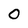
Character: O